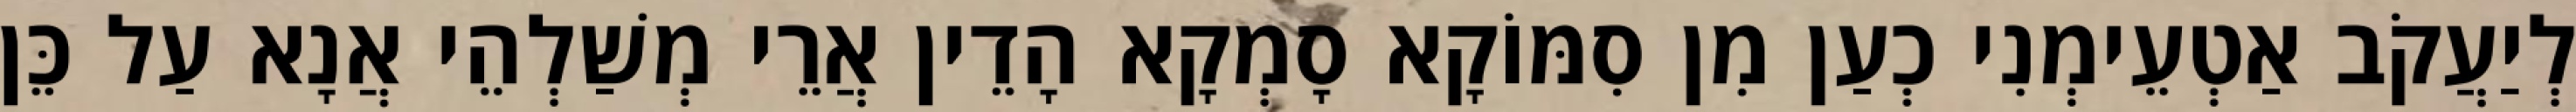
לְיַעֲקֹב אַטְעֵימְנִי כְעַן מִן סִמּוֹקָא סָמְקָא הָדֵין אֲרֵי מְשַׁלְהֵי אֲנָא עַל כֵּן